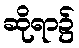
ဆိုရာ၌